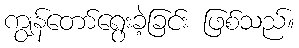
ကျွန်တော်ရွေးခဲ့ခြင်း ဖြစ်သည်။